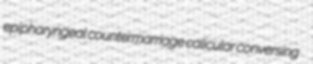
epipharyngeal countermarriage calicular conversing